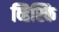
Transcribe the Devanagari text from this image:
व्हिस्कि